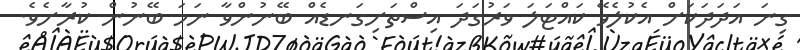
ގިނަ އަދަދަކަށް އެކުލެވޭ ކައްޓަލަ ވަރުގަދަ އިސްތަށިގަނޑެއް ބޭނުންވާ ނަމަ ބޭނުން ކުރާށެވެ.